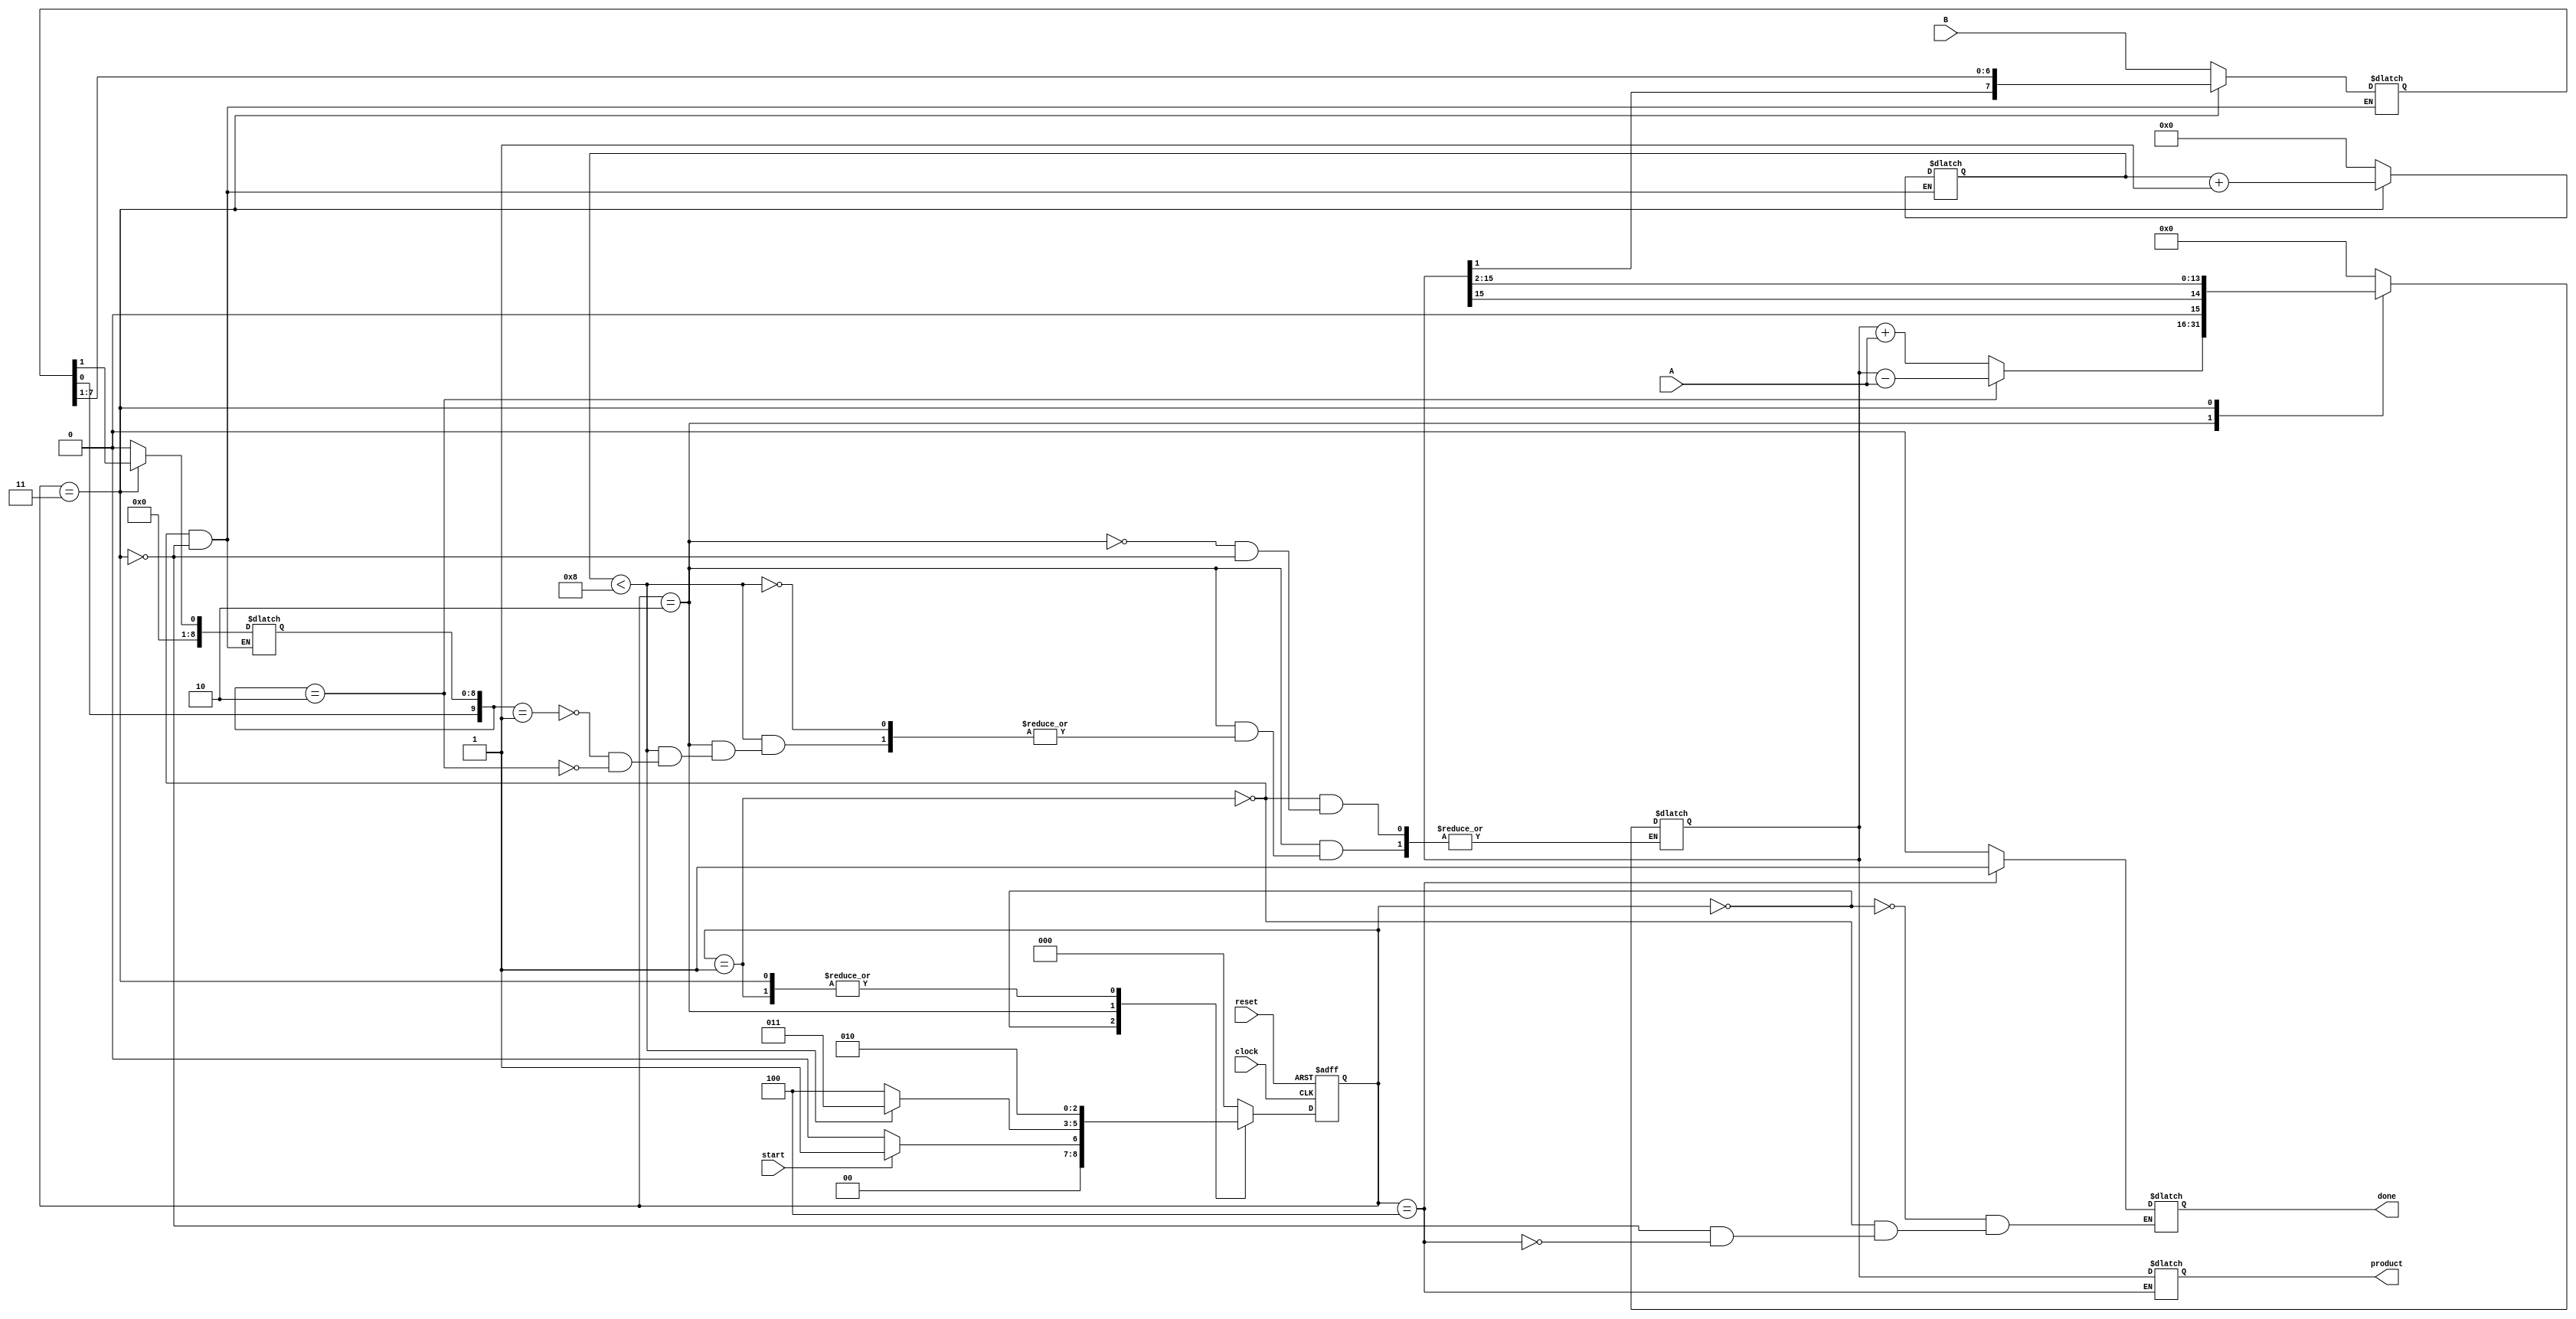
module BoothMultiplier #(parameter WIDTH_A = 8, WIDTH_B = 8) (
    input signed [WIDTH_A-1:0] A,      // Multiplicand
    input signed [WIDTH_B-1:0] B,      // Multiplier
    input start,                        // Start signal
    input clock,                       // Clock signal
    input reset,                       // Reset signal
    output reg signed [WIDTH_A + WIDTH_B - 1:0] product, // Product
    output reg done                     // Done signal
);

    reg signed [WIDTH_A + WIDTH_B - 1:0] P; // Accumulator
    reg signed [WIDTH_B - 1:0] Q;            // Multiplier
    reg signed [WIDTH_B:0] Q_1;               // Previous bit of the multiplier
    reg [3:0] count;                         // Counter for iterations
    reg [2:0] state;                         // FSM state
    reg [2:0] next_state;                    // Next state

    // State encoding
    localparam IDLE       = 3'b000,
               INIT       = 3'b001,
               CALC       = 3'b010,
               SHIFT      = 3'b011,
               DONE       = 3'b100;

    // Sequential logic for state transitions
    always @(posedge clock or posedge reset) begin
        if (reset) begin
            state <= IDLE;
        end else begin
            state <= next_state;
        end
    end

    // Next state logic and output logic
    always @(*) begin
        case (state)
            IDLE: begin
                done = 0;
                if (start) begin
                    next_state = INIT;
                end else begin
                    next_state = IDLE;
                end
            end
            
            INIT: begin
                P = 0;                // Initialize the product
                Q = B;                // Load multiplier
                Q_1 = 0;              // Previous bit initialized to 0
                count = 0;           // Reset iteration count
                next_state = CALC;   // Move to calculation state
                done = 0;
            end
            
            CALC: begin
                if (count < WIDTH_B) begin
                    // Determine the action based on Q and Q_1
                    case ({Q[0], Q_1})
                        2'b01: P = P + A;      // Add A to P
                        2'b10: P = P - A;      // Subtract A from P
                        default: ;              // Do nothing
                    endcase
                    next_state = SHIFT;       // Move to shift state
                end else begin
                    next_state = DONE;        // All iterations done
                end
            end
            
            SHIFT: begin
                // Arithmetic right shift
                {P, Q} = {P[WIDTH_A + WIDTH_B - 1], P[WIDTH_A + WIDTH_B - 1:1], Q[WIDTH_B - 1:1]}; // Shift
                Q_1 = Q[0];                  // Update Q_1
                count = count + 1;           // Increment count
                next_state = CALC;           // Go back to calculation
                done = 0;
            end
            
            DONE: begin
                product = P;                 // Load final product
                done = 1;                    // Indicate done
                next_state = IDLE;           // Go back to idle
            end
            
            default: begin
                next_state = IDLE;           // Safety default
            end
        endcase
    end

endmodule